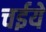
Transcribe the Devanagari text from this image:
चईये